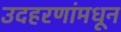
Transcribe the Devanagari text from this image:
उदहरणांमधून